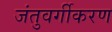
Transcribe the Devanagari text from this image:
जंतुवर्गीकरण